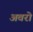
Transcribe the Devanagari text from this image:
अवरो